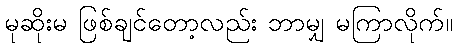
မုဆိုးမ ဖြစ်ချင်တော့လည်း ဘာမျှ မကြာလိုက်။